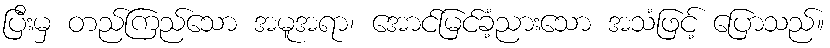
ပြီးမှ တည်ကြည်သော အမူအရာ၊ အောင်မြင်ခံ့ညားသော အသံဖြင့် ပြောသည်။